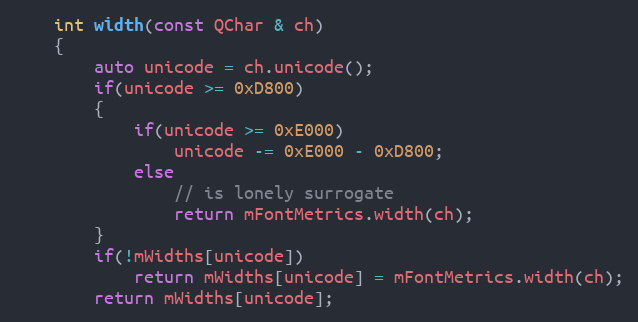
Language: C
    int width(const QChar & ch)
    {
        auto unicode = ch.unicode();
        if(unicode >= 0xD800)
        {
            if(unicode >= 0xE000)
                unicode -= 0xE000 - 0xD800;
            else
                // is lonely surrogate
                return mFontMetrics.width(ch);
        }
        if(!mWidths[unicode])
            return mWidths[unicode] = mFontMetrics.width(ch);
        return mWidths[unicode];